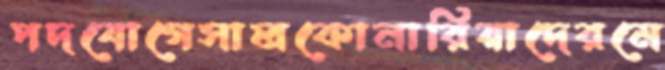
পদযোগেসালকোনারিয়াদেরমে